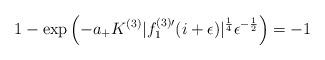
LaTeX: \begin{align*}1-\exp\left(-a_+K^{(3)}|f^{(3)\prime}_1(i+\epsilon)|^{\frac{1}{4}}\epsilon^{-\frac{1}{2}}\right)=-1 \end{align*}